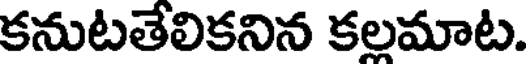
కనుటతేలికనిన కలమాట.